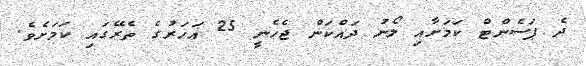
ދެ ޕަސެންޓް ކަމަށާއި ލޯނު ދައްކަން ޖެހެނީ 25 އަހަރުގެ ތެރޭގައި ކަމަށެވެ.